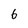
Character: 6